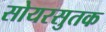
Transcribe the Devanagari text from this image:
सोयरसुतक